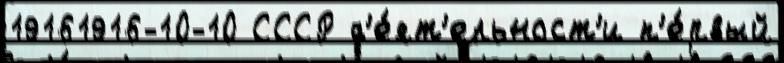
19161916-10-10 СССР д'е́ят'ельност'и п'е́рвый